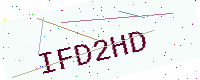
Text: IFD2HD